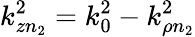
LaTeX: k_{zn_{2}}^{2}=k_{0}^{2}-k_{\rho n_{2}}^{2}